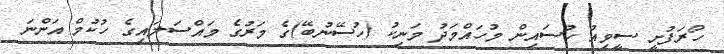
ހޯރަފުށީ ސީވިއު ހުސައިން މުހައްމަދު މަނިކު (ހުސޭނުބޭ)ގެ މަރުގެ މައްސަލައިގެ ހުކުމް އަންނަ